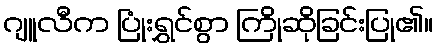
ဂျူလီက ပြုံးရွှင်စွာ ကြိုဆိုခြင်းပြု၏။